Punjab Mental Hospital Lahore 1922-31 - 1922-1931
Year: 1922
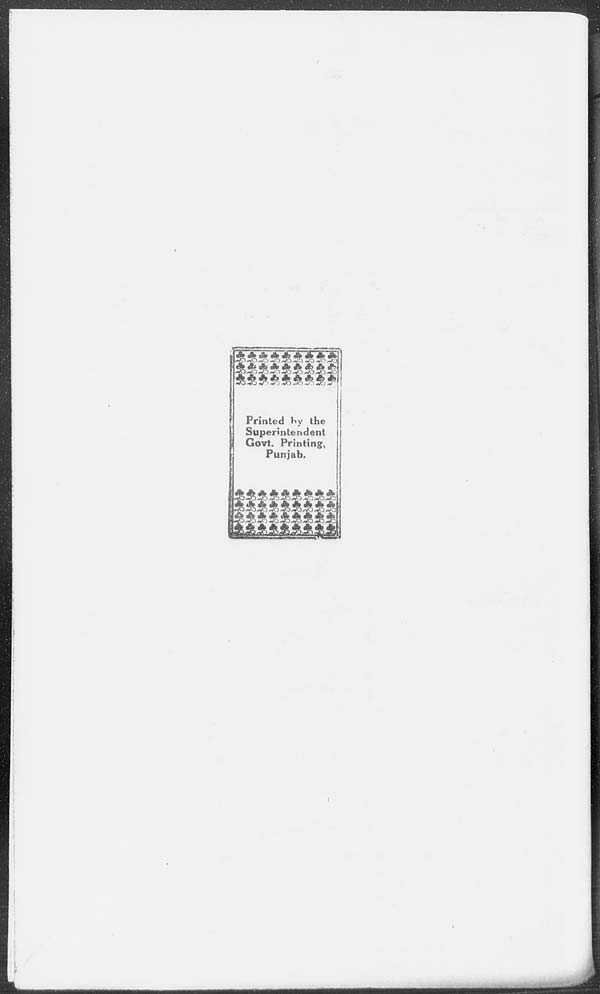
Printed by the
Superintendent
Govt. Printing,
Punjab.